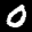
Label: 0